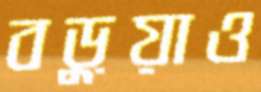
বড়ুয়াও